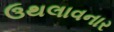
ઉથલાવનાર